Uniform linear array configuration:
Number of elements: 24
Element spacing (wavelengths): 1
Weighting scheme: hamming
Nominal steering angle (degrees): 45
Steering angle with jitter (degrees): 45.948
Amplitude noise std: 0.05
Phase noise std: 0.05

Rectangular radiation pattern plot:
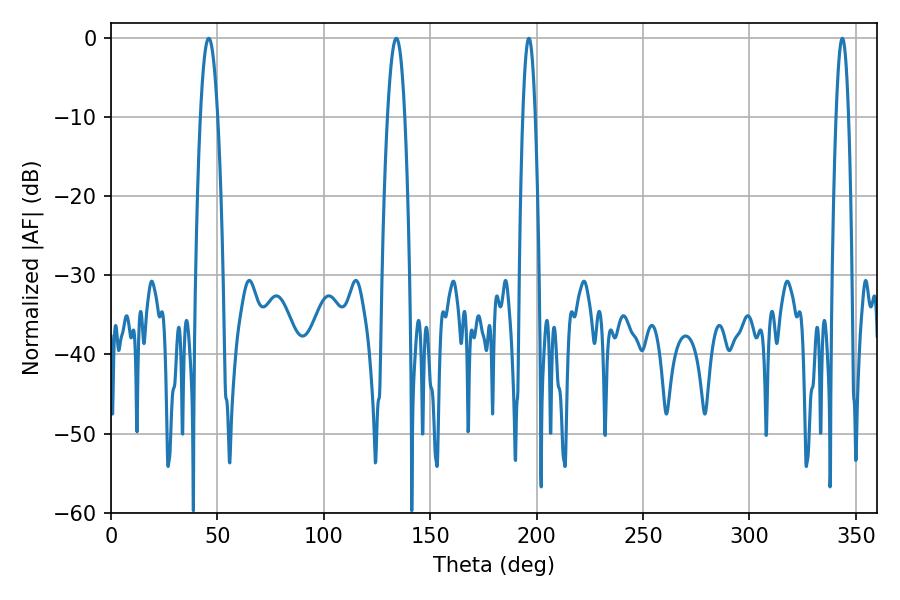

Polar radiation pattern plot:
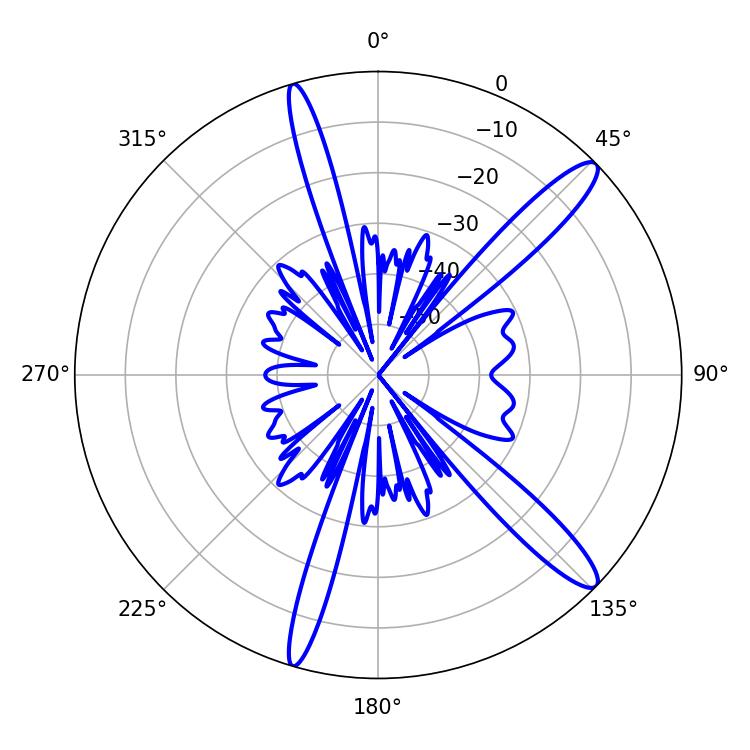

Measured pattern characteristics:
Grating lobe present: TRUE
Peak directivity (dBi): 13.603
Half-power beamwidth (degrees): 4.5
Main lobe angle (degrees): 45.9